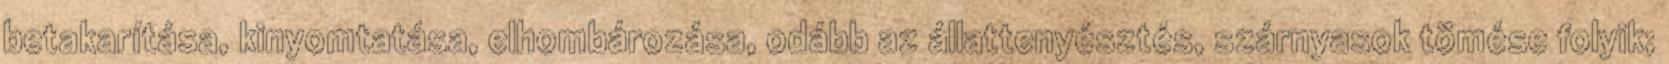
betakarítása, kinyomtatása, elhombározása, odább az állattenyésztés, szárnyasok tömése folyik;